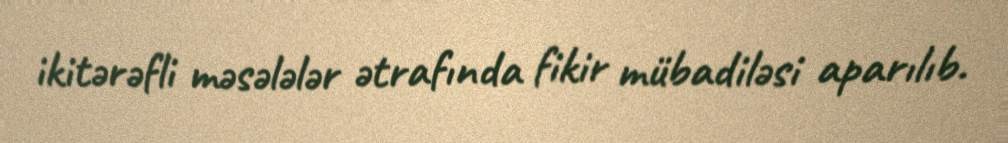
ikitərəfli məsələlər ətrafında fikir mübadiləsi aparılıb.